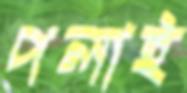
পলাই